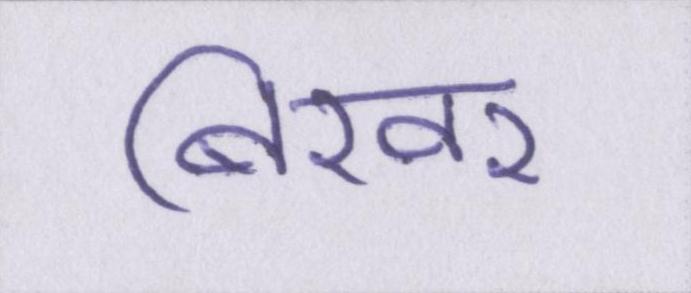
बिखर